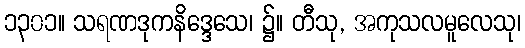
၁၃၀၁။ သရဏဒုကနိဒ္ဒေသေ၊ ၌။ တီသု, အကုသလမူလေသု၊